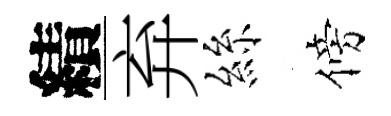
績弃絲傍